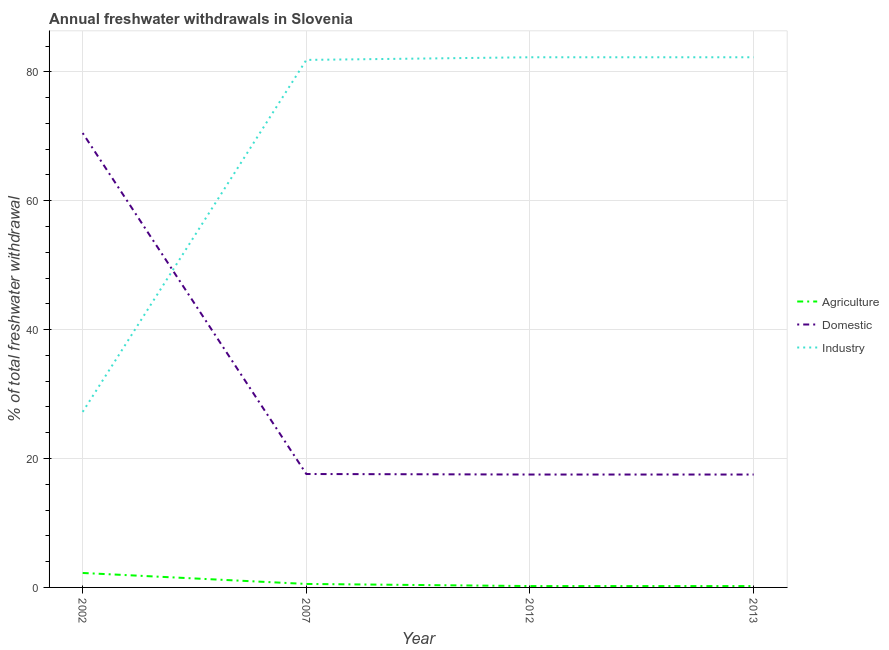
| Year | Agriculture | Domestic | Industry |
 | --- | --- | --- | --- |
 | 2002 | 2.24 | 70.5 | 27.2 |
 | 2007 | 0.54 | 17.6 | 81.9 |
 | 2012 | 0.212 | 17.5 | 82.3 |
 | 2013 | 0.212 | 17.5 | 82.3 |